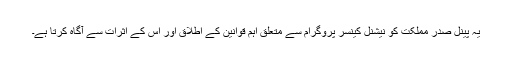
یہ پینل صدر مملکت کو نیشنل کینسر پروگرام سے متعلق اہم قوانین کے اطلاق اور اس کے اثرات سے آگاہ کرتا ہے۔